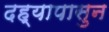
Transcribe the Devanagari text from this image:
दह्यापासुन